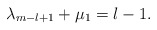
\begin{align*} \lambda _{m-l+1} + \mu _{1} = l-1.\end{align*}